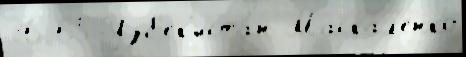
36 65 Узб'ек'иста́н Маскал'енко